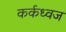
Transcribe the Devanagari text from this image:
कर्कध्वज